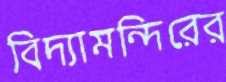
বিদ্যামন্দিরের